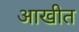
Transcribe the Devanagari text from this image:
आखीत